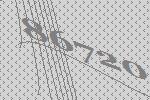
86720